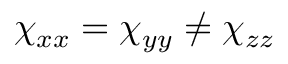
\chi _ { x x } = \chi _ { y y } \neq \chi _ { z z }